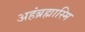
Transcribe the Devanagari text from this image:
अहंब्रह्मास्मि